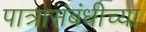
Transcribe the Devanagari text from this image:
पात्रासंबंधीच्या